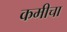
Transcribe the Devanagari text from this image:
कमीचा